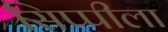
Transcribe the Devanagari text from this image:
सिप्पीला